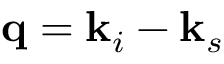
\mathbf { q } = \mathbf { k } _ { i } - \mathbf { k } _ { s }